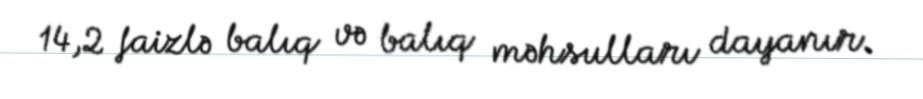
14,2 faizlə balıq və balıq məhsulları dayanır.